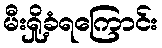
မီးရှို့ခံရကြောင်း